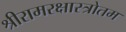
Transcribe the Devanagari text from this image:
श्रीरामरक्षास्त्रोतम